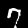
Label: 7